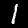
Digit: 1